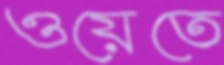
ওয়েতে